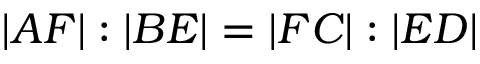
| A F | : | B E | = | F C | : | E D |